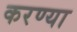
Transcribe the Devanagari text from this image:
करण्या